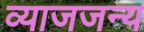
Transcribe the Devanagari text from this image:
व्याजजन्य